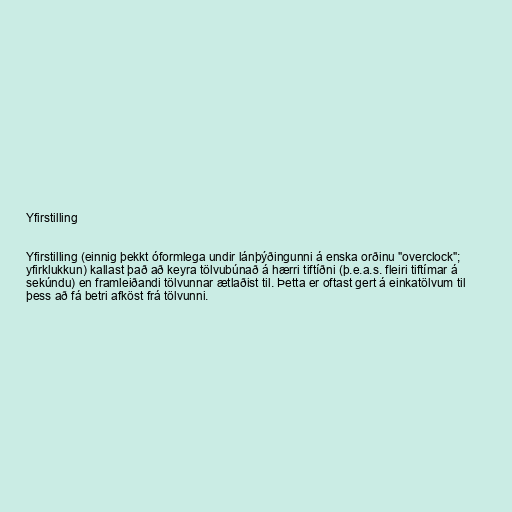
Yfirstilling

Yfirstilling (einnig þekkt óformlega undir lánþýðingunni á enska orðinu "overclock";
yfirklukkun) kallast það að keyra tölvubúnað á hærri tiftíðni (þ.e.a.s. fleiri tiftímar á
sekúndu) en framleiðandi tölvunnar ætlaðist til. Þetta er oftast gert á einkatölvum til
þess að fá betri afköst frá tölvunni.